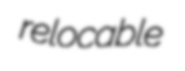
relocable